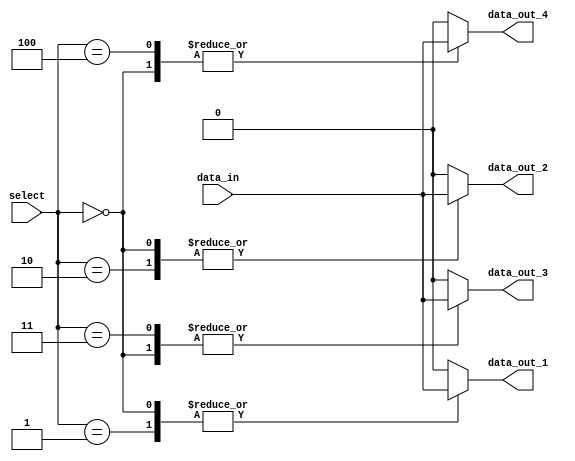
module demux_1to4 (
    input wire [2:0] select,
    input wire data_in,
    output reg data_out_1,
    output reg data_out_2,
    output reg data_out_3,
    output reg data_out_4
    );

    always @ (select, data_in)
    begin
        case (select)
            3'b000: begin
                data_out_1 = data_in;
                data_out_2 = data_in;
                data_out_3 = data_in;
                data_out_4 = data_in;
            end
            3'b001: begin
                data_out_1 = data_in;
                data_out_2 = 1'b0;
                data_out_3 = 1'b0;
                data_out_4 = 1'b0;
            end
            3'b010: begin
                data_out_1 = 1'b0;
                data_out_2 = data_in;
                data_out_3 = 1'b0;
                data_out_4 = 1'b0;
            end
            3'b011: begin
                data_out_1 = 1'b0;
                data_out_2 = 1'b0;
                data_out_3 = data_in;
                data_out_4 = 1'b0;
            end
            3'b100: begin
                data_out_1 = 1'b0;
                data_out_2 = 1'b0;
                data_out_3 = 1'b0;
                data_out_4 = data_in;
            end
            default: begin
                data_out_1 = 1'b0;
                data_out_2 = 1'b0;
                data_out_3 = 1'b0;
                data_out_4 = 1'b0;
            end
        endcase
    end

endmodule